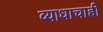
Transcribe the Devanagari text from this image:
व्याधाचाही